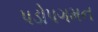
પડોપગમન